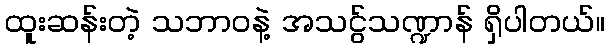
ထူးဆန်းတဲ့ သဘာဝနဲ့ အသငွ်သဏ္ဍာန် ရှိပါတယ်။